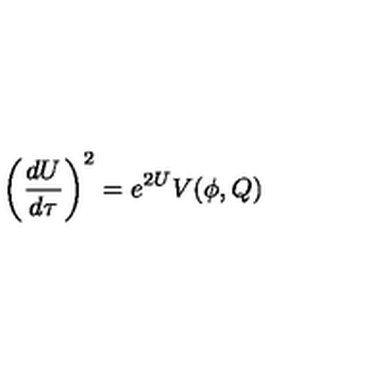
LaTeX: \left( \frac { d U } { d \tau } \right) ^ { 2 } = e ^ { 2 U } V ( \phi , Q )